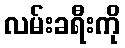
လမ်းခရီးကို